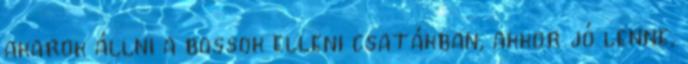
akarok állni a bossok elleni csatákban, akkor jó lenne,